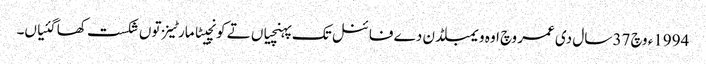
1994ء وچ 37 سال د‏‏ی عمر وچ اوہ ویمبلڈن دے فائنل تک پہنچیاں تے کونچیٹا مارٹینز تو‏ں شکست کھا گئیاں۔